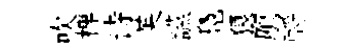
吹椑诗芙讌鳧狼鴈酹